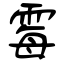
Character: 霉